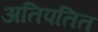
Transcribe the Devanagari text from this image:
अतिपतित